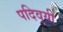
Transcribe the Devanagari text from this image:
पदिवूयी